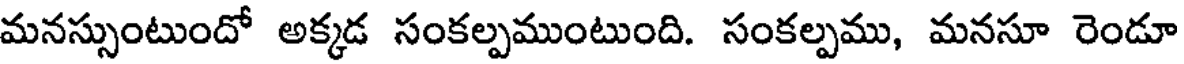
మనస్సుంటుందో అక్కడ సంకల్పముంటుంది. సంకల్పము, మనసూ రెండూ